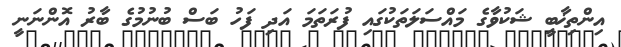
އިންތިޚާބީ ޝަކުވާގެ މައްސަލަތަކުގައި ފުރަތަމަ އަދި ފަހު ބަސް ބުނުމުގެ ބާރު އޮންނަނީ